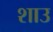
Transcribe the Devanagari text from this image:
शाउ